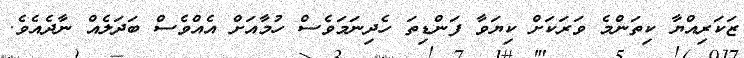
ޒަކަރިއްޔާ ކިތަންމެ ވަރަކަށް ކިޔަވާ ފަންޑިތަ ހެދިނަމަވެސް ހުމާއަށް އެއްވެސް ބަދަލެއް ނާދެއެވެ.